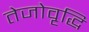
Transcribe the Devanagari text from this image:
तेजोवृद्धि